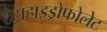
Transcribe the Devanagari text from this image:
टेट्राहाइड्रोफोलेट